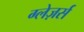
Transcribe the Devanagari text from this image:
ग्लेज़र्स